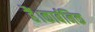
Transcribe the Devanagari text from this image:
हैं।कार्बनिक